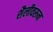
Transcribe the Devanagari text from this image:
शैलीवरुन